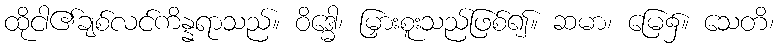
ထိုငါ၏ချစ်လင်ကိန္နရာသည်။ ဝိဒ္ဓေါ၊ မြှားစူးသည်ဖြစ်၍။ ဆမာ၊ မြေ၌။ သေတိ၊